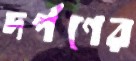
দর্পণের